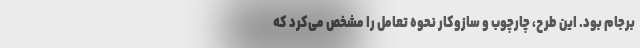
برجام بود. این طرح، چارچوب و سازوکار نحوه تعامل را مشخص می‌کرد که